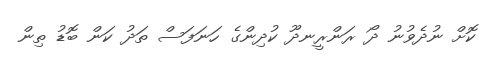
ކޮށް ނުދެވުނު ދޯ ރަންރީނދޫ ކުދިންގެ ހަނަފަސް ތަދު ކަން ބޮޑު ތިން